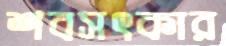
শবসৎকার